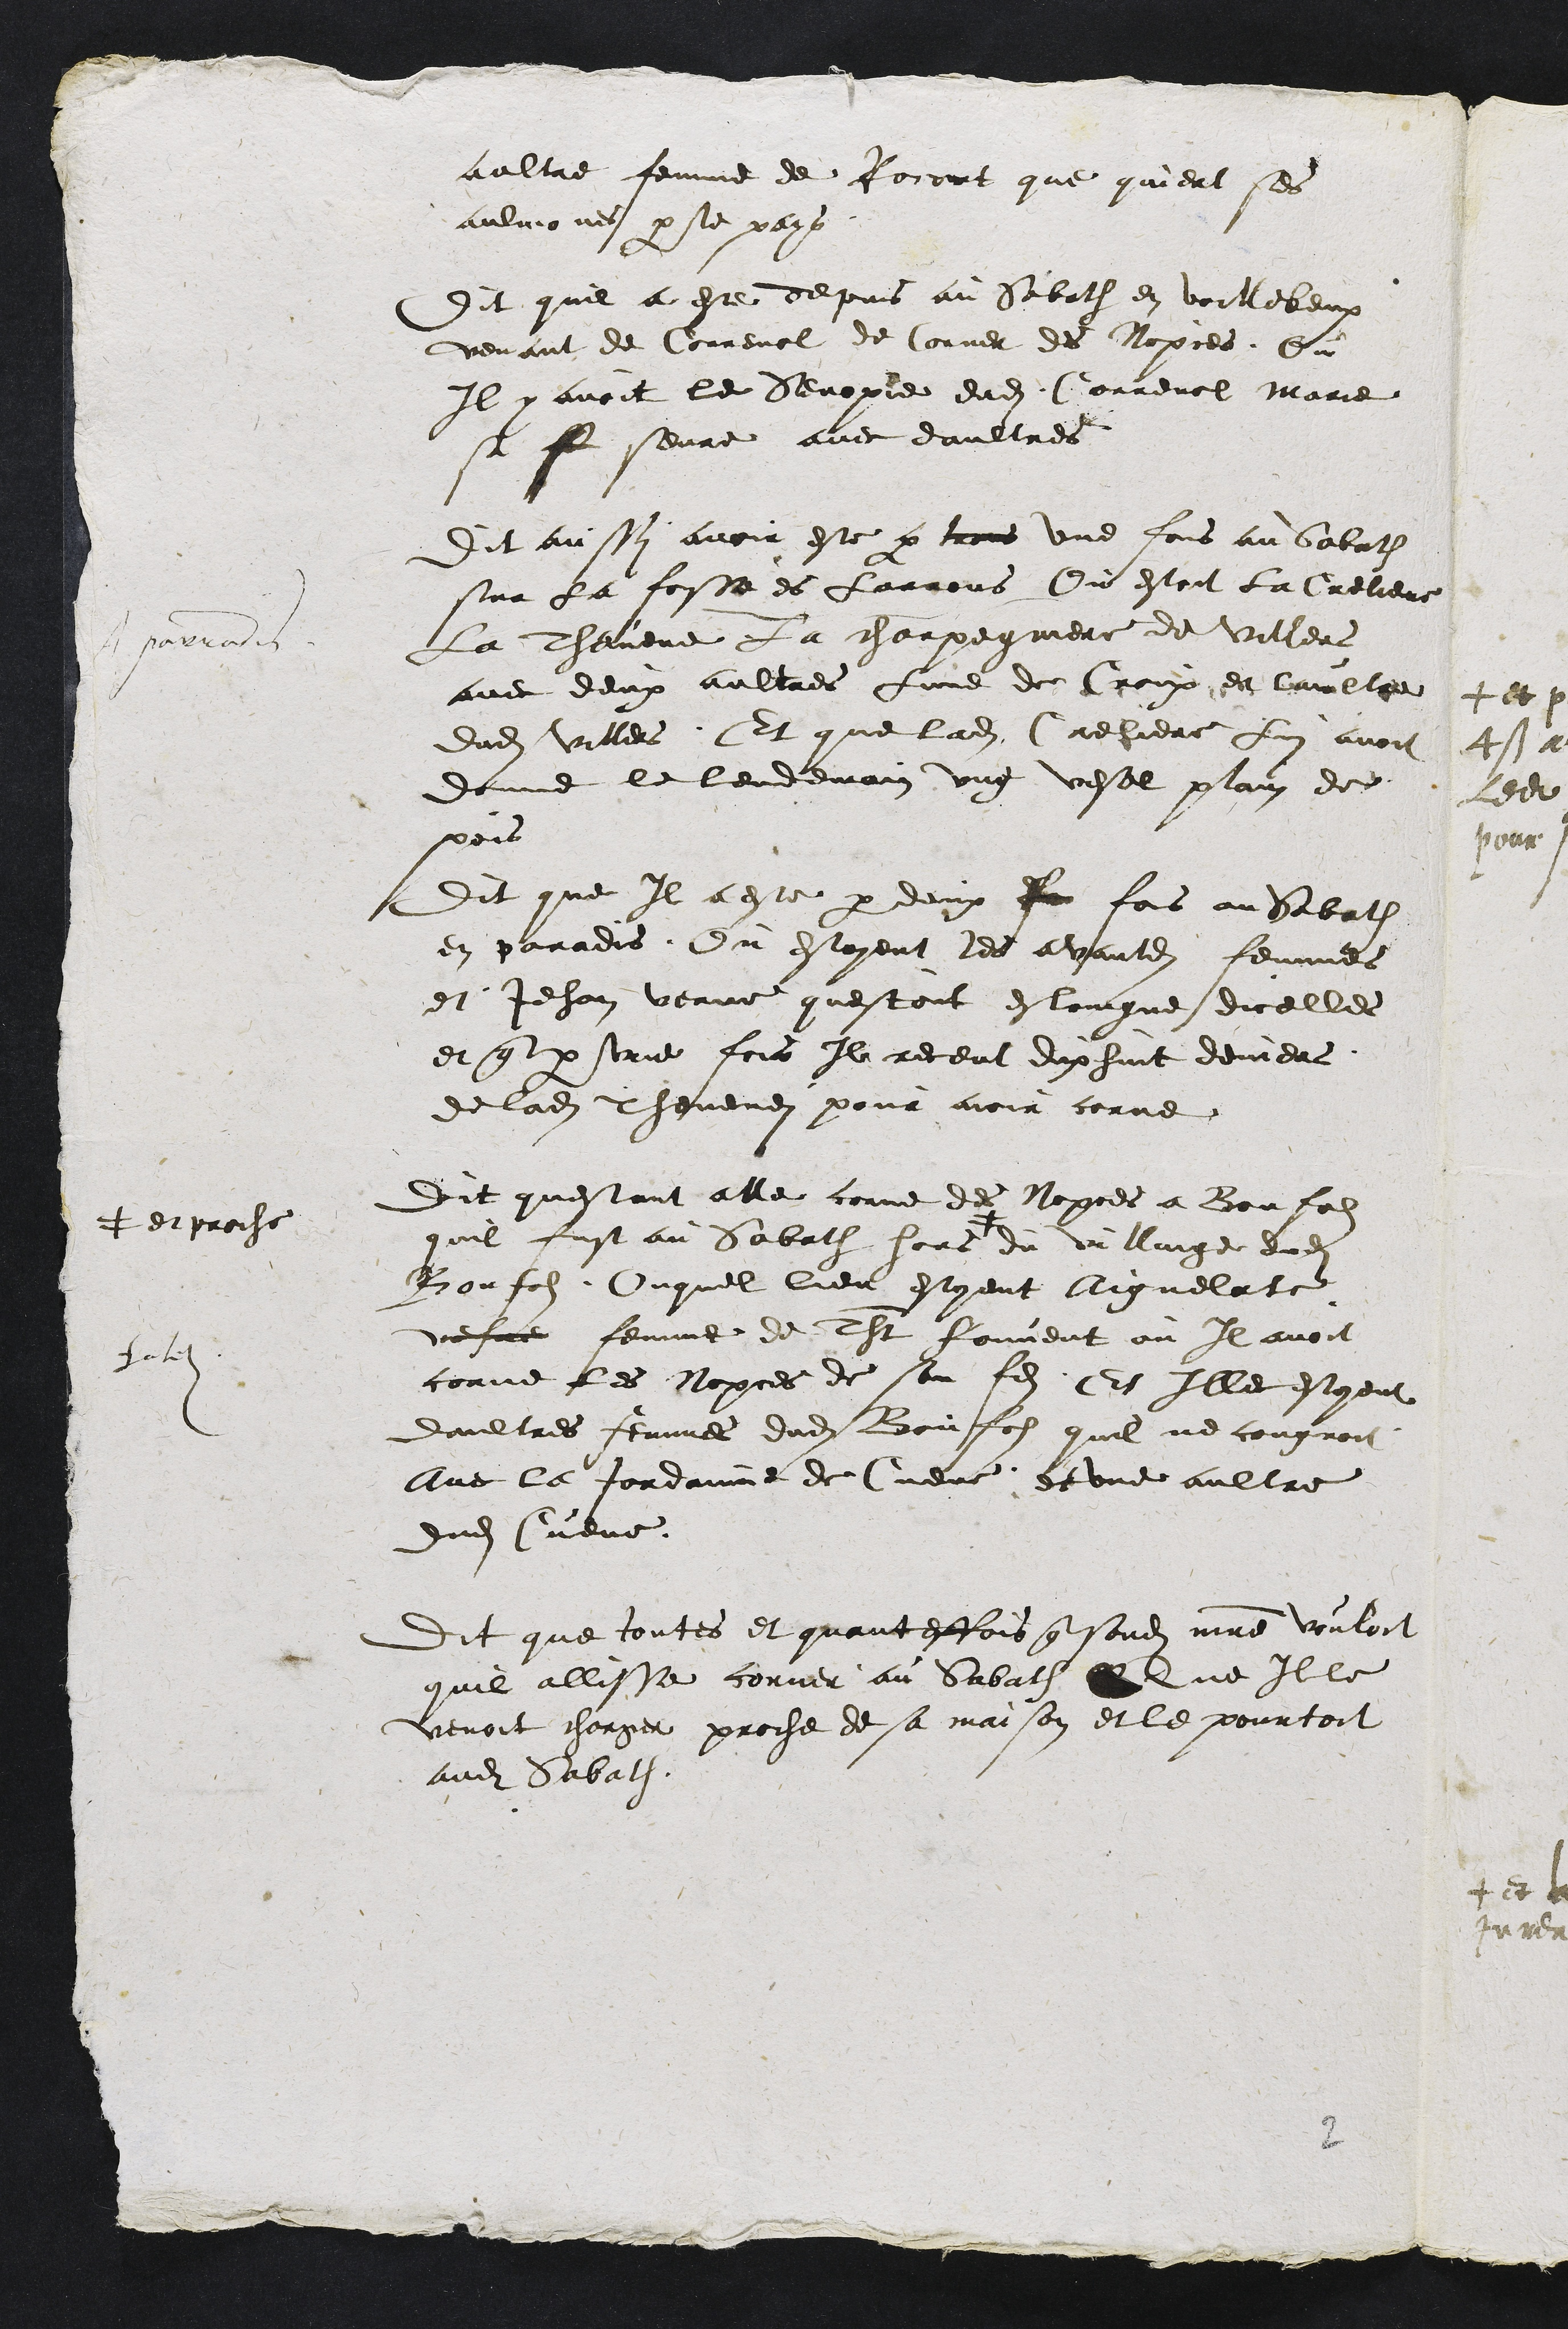
aultre femme de Rorant que quient ses
aulvones par le pay
Dit quil a este depuis au Sabath en voillebeux
venant de Correnol de Corner des Nopces et
Il y avoit le seropie dudit Correnol Marie
sa se seure avec daultres
Dit aussi avoir este par trois une fois au Sabath
sur la fosse es farrois Ou estoit la latiere
La Thevene La charpagniere de villere
avec deux aultres fune de Croix et laulte
dudit villers Et que ladite Creliere Lui avoit
donne le lendemain ung vesal plain de
pois
Dit que Il a este par deux Je fois au Sabath
en paradis Ou estoyent les avantdits femmes
et Jehan venue questoit estoingne dicelles
et que par sere fois Il receut dix huit deviers
de ladite cheveney pour avoir corne
Dit questant alle comme des Nopces a Bonfolz
quil fust au Sabath hors
+ et proche
du villaige dudit
Bonfols Ouquel lieu estoient Aignelate
vefve femme de Tht fouvent ou Il avoit
comme les Nopces de son fils Et Ille estoient
daultres femmes dudit Bonfols quil ne cougnoit
avec le tordonne de Cueve et une aultre
dudit Cueve.
Dit que toutes et quantesfois que sondit maitre vouloit
quil allisse corner au Sabath Que Ille
venoit charger proche de sa maison et le pourtoit
audit Sabath.
parvoide
hat

2